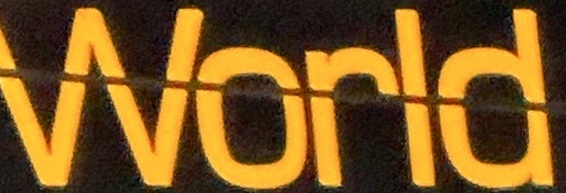
World